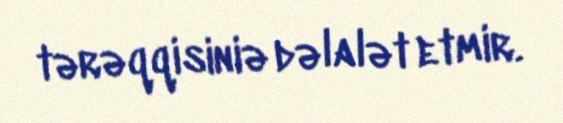
tərəqqisiniə dəlalət etmir.